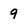
Character: 9